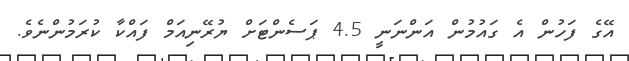
އޭގެ ފަހުން އެ ގައުމުން އަންނަނީ 4.5 ޕަސެންޓަށް ޔުރޭނިއަމް ފައްކާ ކުރަމުންނެވެ.